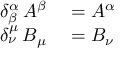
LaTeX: \begin{array} { r l } { \delta _ { \beta } ^ { \alpha } \, A ^ { \beta } } & { { } = A ^ { \alpha } } \\ { \delta _ { \nu } ^ { \mu } \, B _ { \mu } } & { { } = B _ { \nu } \, } \end{array}